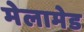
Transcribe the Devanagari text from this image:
मेलामेड